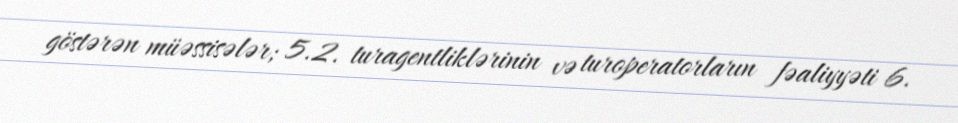
göstərən müəssisələr; 5.2. turagentliklərinin və turoperatorların fəaliyyəti 6.